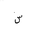
Letter: _sin